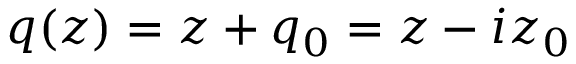
q ( z ) = z + q _ { 0 } = z - i z _ { 0 }